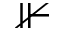
\nVdash